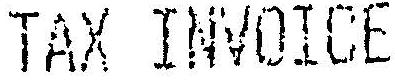
TAX INVOICE